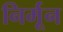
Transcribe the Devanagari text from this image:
निर्मून